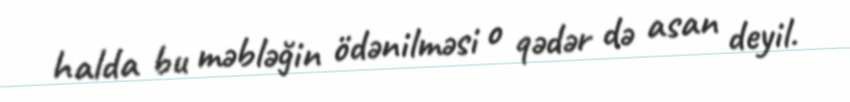
halda bu məbləğin ödənilməsi o qədər də asan deyil.